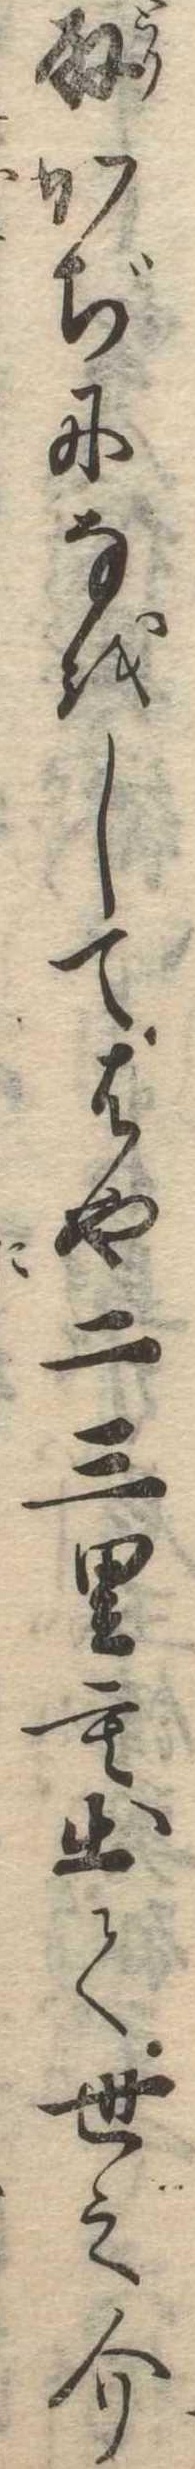
取かぢになをしてはや二三里も出て世之介